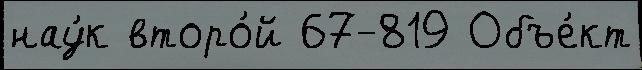
нау́к второ́й 67-819 Объе́кт